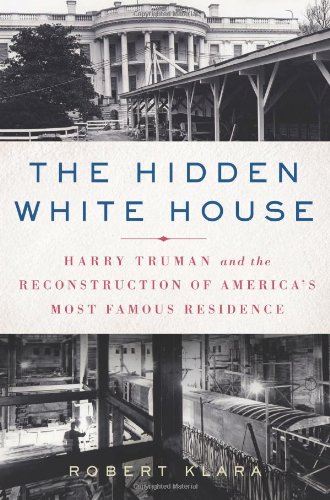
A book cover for The Hidden White House: Harry Truman and the Reconstruction of America's Most Famous Residence; Robert Klara; Arts & Photography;